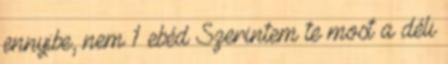
ennyibe, nem 1 ebéd Szerintem te most a déli